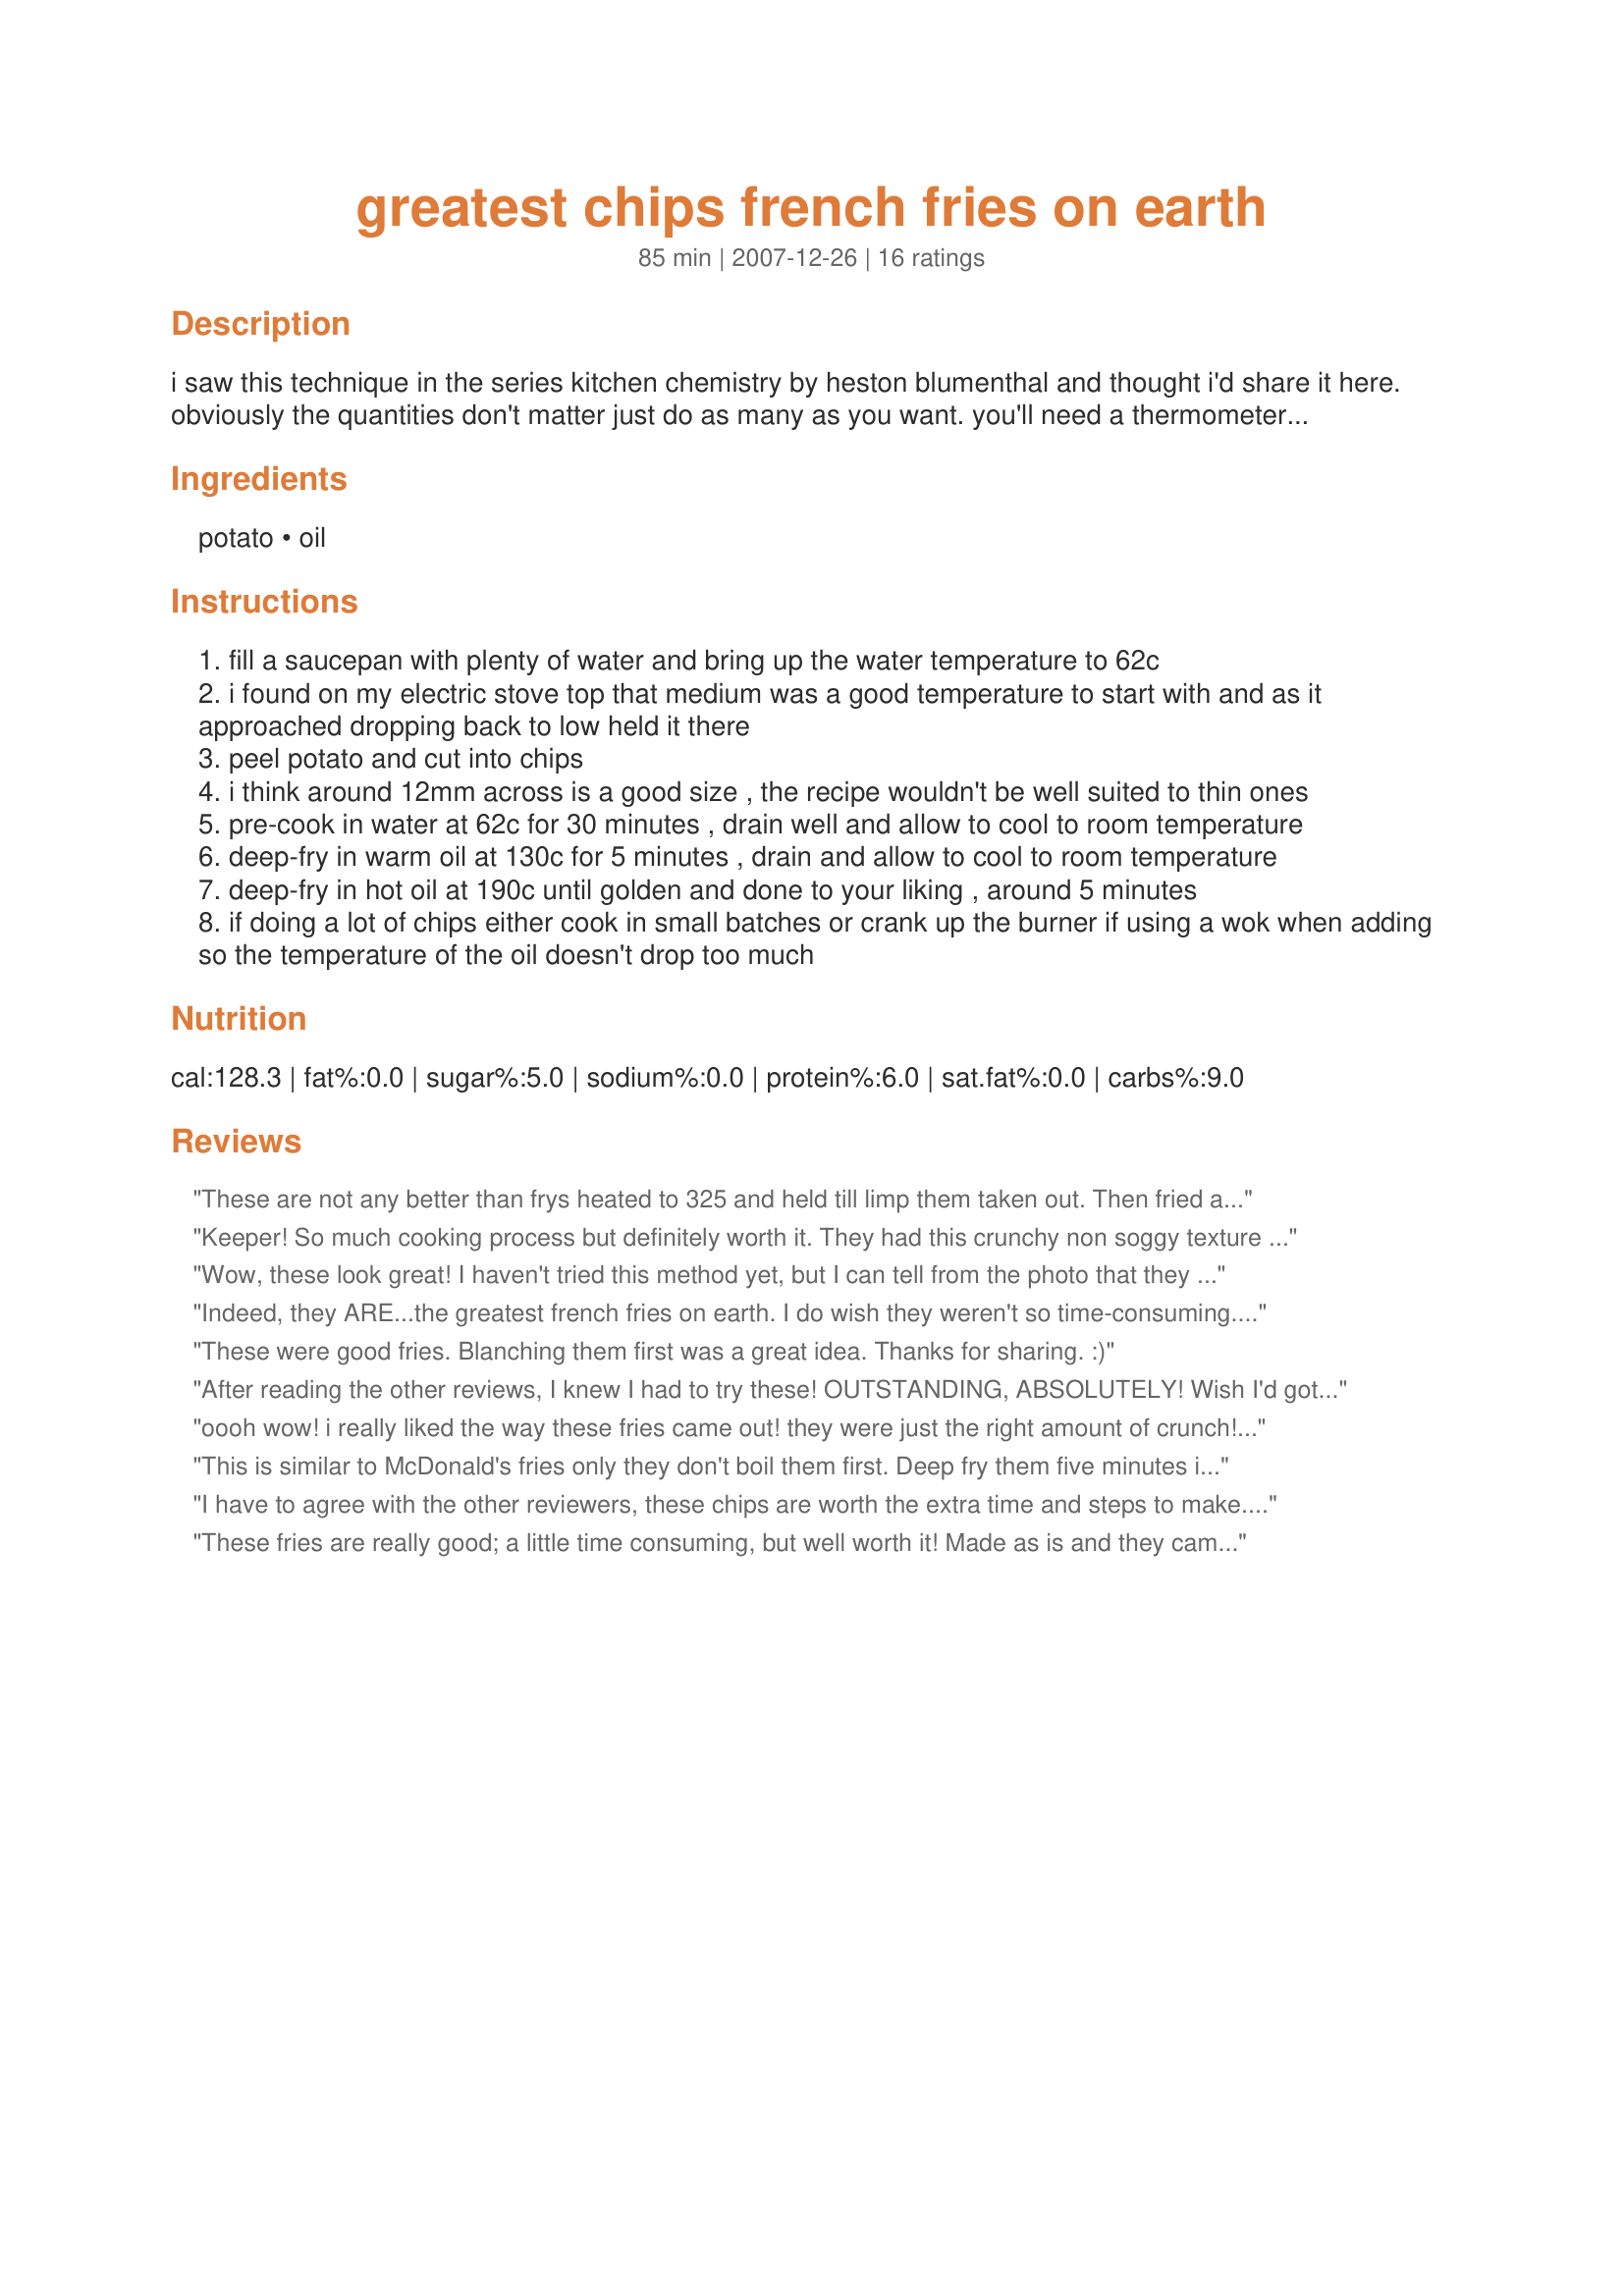
greatest chips french fries on earth
Preparation time: 85 minutes

i saw this technique in the series kitchen chemistry by heston blumenthal and thought i'd share it here. obviously the quantities don't matter just do as many as you want. you'll need a thermometer to do this recipe properly, but for the pre-cook you can just use a meat thermometer and could probably get away with guessing the warm versus hot oil temperature. i personally used bran oil but i think peanut oil would be another good choice but nothing wrong with just using regular vegetable oil either. i used a wok, chinese scoop and infrared thermometer for the deep frying which is a neat way to deep fry using the more expensive oils because you need less oil in total and don't feel so bad using fresh oil every time.

anyway back to the recipe, the title came from the series and after trying them i think i'd have to agree with heston. not as much effort as it sounds and really worthwhile.

Ingredients:
potato, oil

Steps:
fill a saucepan with plenty of water and bring up the water temperature to 62c
i found on my electric stove top that medium was a good temperature to start with and as it approached dropping back to low held it there
peel potato and cut into chips
i think around 12mm across is a good size , the recipe wouldn't be well suited to thin ones
pre-cook in water at 62c for 30 minutes , drain well and allow to cool to room temperature
deep-fry in warm oil at 130c for 5 minutes , drain and allow to cool to room temperature
deep-fry in hot oil at 190c until golden and done to your liking , around 5 minutes
if doing a lot of chips either cook in small batches or crank up the burner if using a wok when adding so the temperature of the oil doesn't drop too much

Reviews:
These are not any better than frys heated to 325 and held till limp them taken out. Then fried at 365. This is the old way that has been done for years.
Keeper! So much cooking process but definitely worth it. They had this crunchy non soggy texture on the outside and it's soft inside. I boiled them in the microwave to hasten the cooking then strained,fried,strained,fried them. Boiling the fries before cooking is a first for me, but it sure is fab. We'll definitely be making this Recipe #273998 part of our menu often. YUM!! Thanks for sharing! Made for Aus Recipe Swap #26.
Wow, these look great! I haven't tried this method yet, but I can tell from the photo that they are nice and crispy and firm. Great for when you use Malt vinegar and ketchup on them like I do. Can't have a soggy fry! Thanks so much for sharing this with us Peter!

Linda
Indeed, they ARE...the greatest french fries on earth. I do wish they weren't so time-consuming...but they are easy, easy, easy. I would think this is the perfect way to prepare fries in large amounts, for parties, etc., a batch at a time.
These were good fries. Blanching them first was a great idea. Thanks for sharing. :)
After reading the other reviews, I knew I had to try these! OUTSTANDING, ABSOLUTELY! Wish I'd gotten onto these earlier in the year, but still I'll be making these throughout the fall & winter, too! Thanks for the recipe! [Made & reviewed as a kidnapped recipe in the Aus/NZ Special Recipe Swap #19]
oooh wow! i really liked the way these fries came out! they were just the right amount of crunch! if you've got time to make these fries, i'd definately recommend them! this method makes a huge difference in the end result! thanks peter! made for recipe swap 17!
This is similar to McDonald's fries only they don't boil them first. Deep fry them five minutes in 275* oil, drain well and cool 10 minutes then deep fry in 350* oil til golden brown. I cheat and use Ore Ida brand shoe string frozen fries. Regular fries work well too, steak fries will take longer to reach the golden brown color. I mix two parts catsup to one part chili sauce for dipping.
I have to agree with the other reviewers, these chips are worth the extra time and steps to make. They were nice and soft in the middle without being soggy and greasy. This is the best homemade french fries I have ever made. Made for July, 2009 Aussie/NZ Swap.
These fries are really good; a little time consuming, but well worth it! Made as is and they came out perfect; tender inside and nice and crispy on the outside. I seasoned with a lot of kosher salt. Made for AUS/NZ Recipe Swap #47.
These were so crispy on the outside and fluffy on the inside! Now I know how to make french fries the way I like them! We had these with recipe #390789 for a yummy dinner tonight. Thanks so much for sharing! I recipenapped your recipe for the November 2009 Aussie/NZ recipe swap. :)
I have had this recipe saved forever - very intrigued by that 'Greatest Chips on Earth' title. These fries are pretty dang good! I did use my deep fryer (vegetable oil) with a thermometer. It is troublesome, but, they are worth it! Tender on the inside and crispy on the outside, just as promised. I made these for DH's Father's Day dinner. Needless to say, they were definitely enjoyed. Thanks for sharing, Peter J. Made for ZWT.
I agree with Sydney Mike I too wish I had discovered these years ago. This has got to be the best chip recipe. You can enjoy good fat chips, which we love, beautifully crispy on the outside with a perfectly cooked center. I had never thought of pre-cooking in water but the end result is outstanding. A little bit more effort to make but so well worth it and I will be making my chips like this from now on. Thanks Peter!!
The nutrition info states that there's 1 cal from fat when the potatoes are deep fried twice.
These are awesome! I had trouble getting french fries to taste good...couldnt figure it out but they always came out hard or mushy..this is a great recipe and THE ONLY way i will make fries again.Thanks PeterJ
A little time consuming but wow...fantastic results! Fluffy on the inside and remarkably crisp on the out. Sprinkled with Nostamini (my favourite spice mix) they made a fab afternoon snack.
